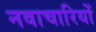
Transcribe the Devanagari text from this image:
नवाचारियों